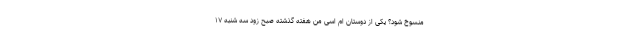
منسوخ شود؟ یکی از دوستان ام اسی من هفته گذشته صبح زود سه شنبه ۱۷